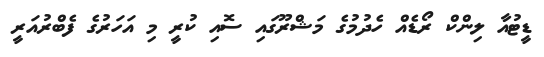
ޑީޓުއާ ލިންކް ރޯޑެއް ހެދުމުގެ މަޝްރޫގައި ސޮއި ކުރީ މި އަހަރުގެ ފެބްރުއަރީ